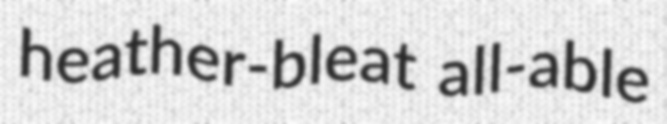
heather-bleat all-able